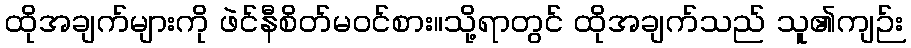
ထိုအချက်များကို ဖဲင်နီစိတ်မဝင်စား။သို့ရာတွင် ထိုအချက်သည် သူ၏ကျဉ်း